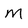
Character: M